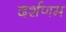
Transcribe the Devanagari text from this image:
दर्शणम